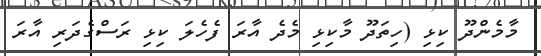
މާމެންދޫ ކިޅި (ހިތަދޫ މާކިޅި މެދެ އާރަ ފެހެލަ ކިޅި ރަސްގެދަރި އާރަ